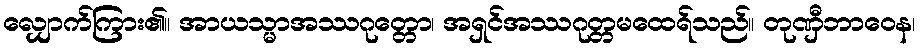
လျှောက်ကြား၏။ အာယသ္မာအဿဂုတ္တော၊ အရှင်အဿဂုတ္တမထေရ်သည်။ တုဏှီဘာဝေန၊